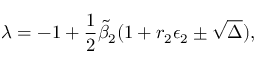
\lambda = - 1 + \frac { 1 } { 2 } \widetilde { \beta } _ { 2 } ( 1 + r _ { 2 } \epsilon _ { 2 } \pm \sqrt { \Delta } ) ,